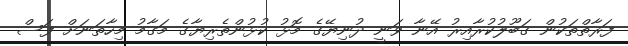
ފަރާތްތަކުން ގަބޫލުކުރާއިރު އޭނާ ވަނީ ދުނިޔޭގެ މޮޅު ކުޅުންތެރިޔާގެ މަގާމު މިހާތަނަށް ފަސް